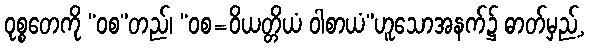
ဝုစ္စတေကို “ဝစ”တည်၊ “ဝစ=ဝိယတ္တိယံ ဝါစာယံ”ဟူသောအနက်၌ ဓာတ်မှည့်,